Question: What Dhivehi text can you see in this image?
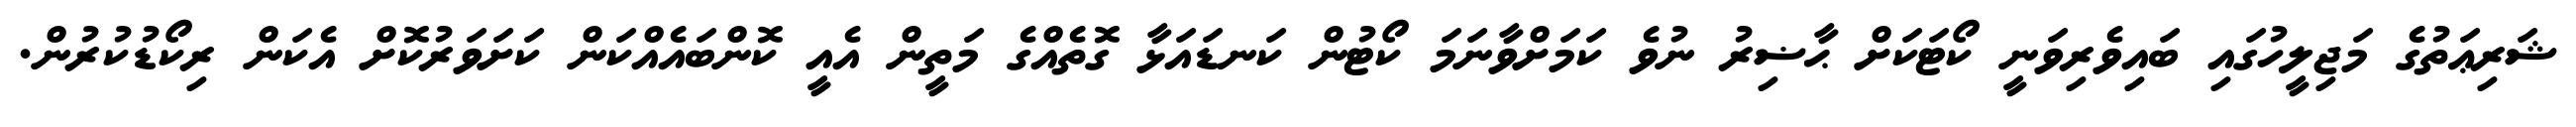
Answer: ޝަރިޢަތުގެ މަޖިލީހުގައި ބައިވެރިވަނީ ކޯޓަކަށް ޙާޟިރު ނުވެ ކަމަށްވާނަމަ ކޯޓުން ކަނޑައަޅާ ގޮތެއްގެ މަތީން އެއީ ކޮންބައެއްކަން ކަށަވަރުކޮށް އެކަން ރިކޯޑުކުރުން.